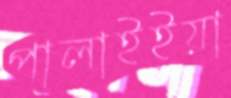
পালাইইয়া